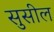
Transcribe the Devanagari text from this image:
सुसील